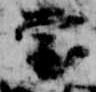
堂